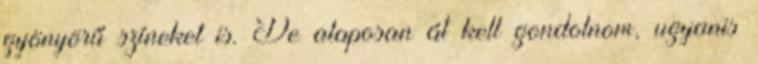
gyönyörű színeket is. De alaposan át kell gondolnom, ugyanis